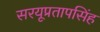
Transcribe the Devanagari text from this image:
सरयूप्रतापसिंह